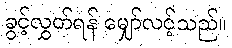
ခွင့်လွှတ်ရန် မျှော်လင့်သည်။